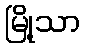
မြို့သာ